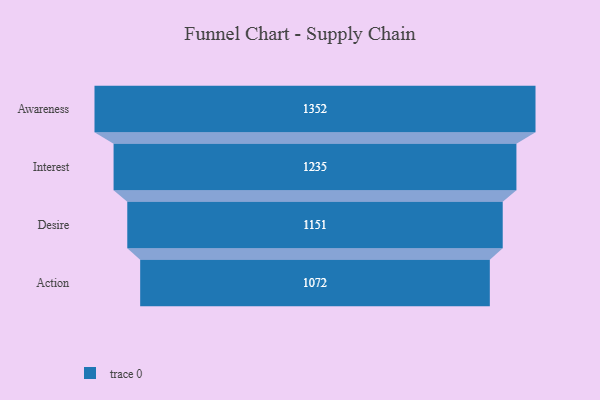
{"axis": {"x": "Stage", "y": "Value"}, "legend": [""], "data": [{"x": "Awareness", "y": 1352.0, "type": ""}, {"x": "Interest", "y": 1235.0, "type": ""}, {"x": "Desire", "y": 1151.0, "type": ""}, {"x": "Action", "y": 1072.0, "type": ""}]}